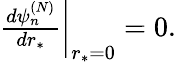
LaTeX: \begin{array}{r}{\frac{d\psi_{n}^{(N)}}{dr_{*}}\bigg|_{r_{*}=0}=0.}\end{array}